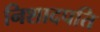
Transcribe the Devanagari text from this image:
निशादपति